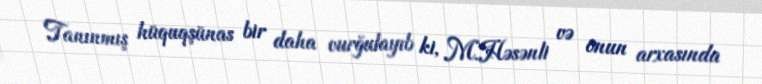
Tanınmış hüquqşünas bir daha vurğulayıb ki, M.Həsənli və onun arxasında